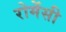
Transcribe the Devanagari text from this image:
रोमेंसी